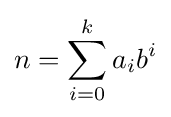
n=\sum _{i=0}^{k}a_{i}b^{i}